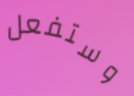
وستفعل